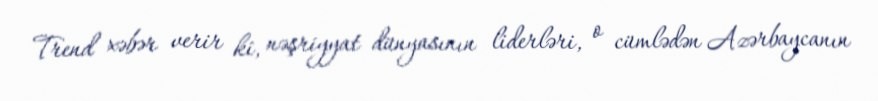
Trend xəbər verir ki, nəşriyyat dünyasının liderləri, o cümlədən Azərbaycanın